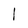
Character: 1